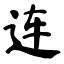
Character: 连